DOW-UAP-D49, Launch Summary, Vandenberg AFB, 2000
Agency: Department of War
Incident date: 2/3/00
Page 34
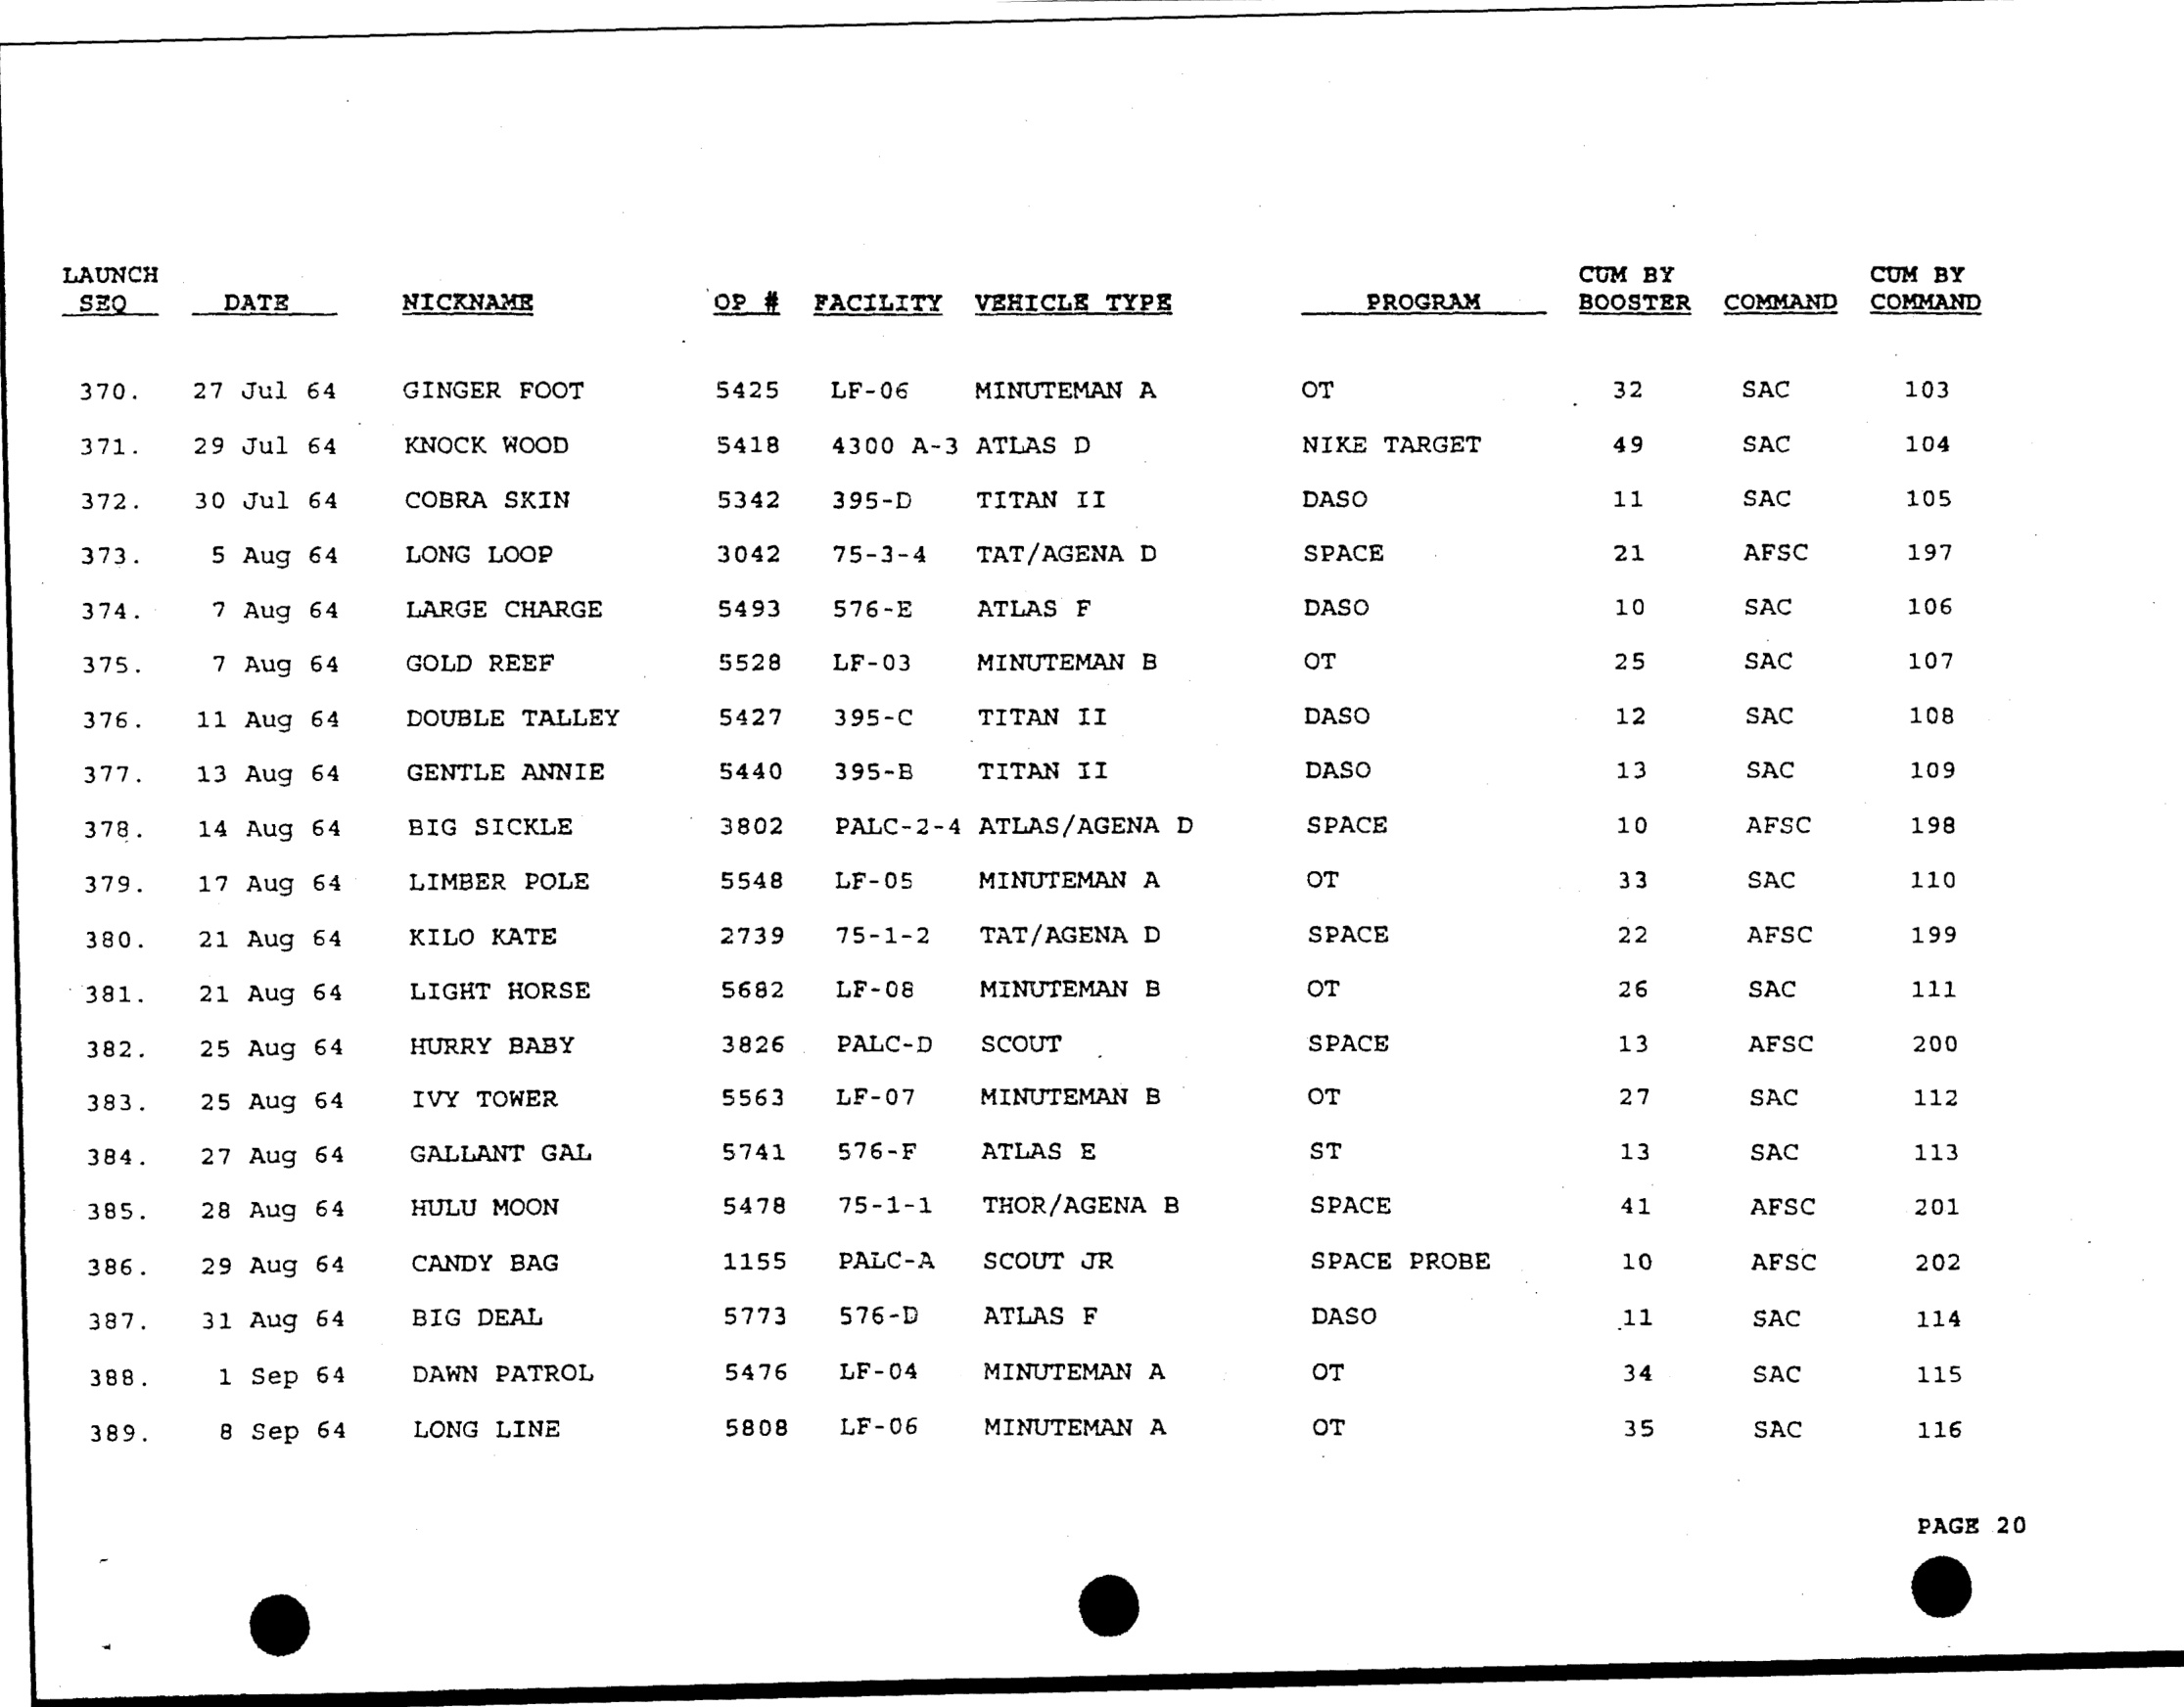